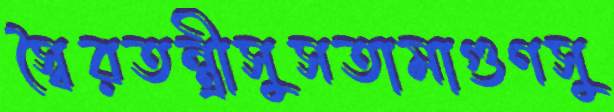
স্বৈরতন্ত্রীসুসতামাগুণসু